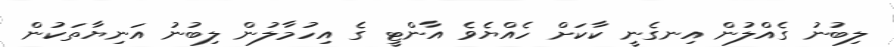
ލިބުނު ގެެއްލުން އިނގެނީ ކާކަށް ހެއްޔެވެ އާންޓީ ގެ އިހުމާލުން ލިބުނު އަނިޔާތަކުން